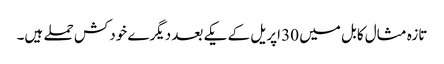
تازہ مثال کابل میں 30 اپریل کے یکے بعد دیگرے خودکش حملے ہیں۔